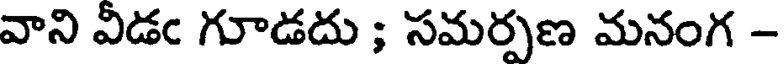
వాని వీడఁ గూడదు ; సమర్పణ మనంగ -